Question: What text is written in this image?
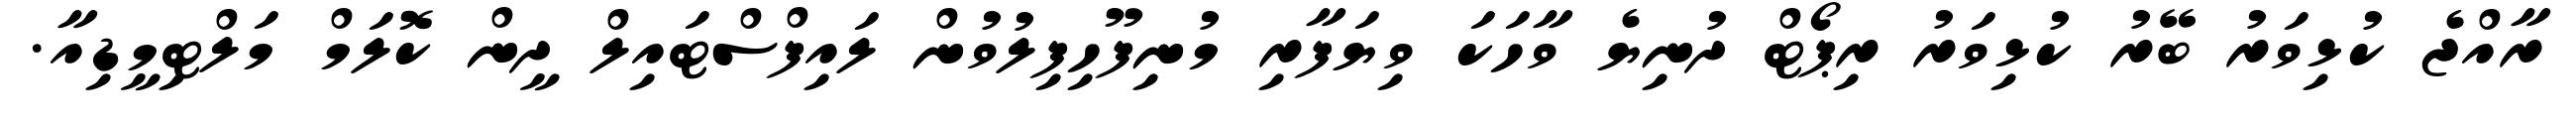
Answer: ރާއްޖެ ކުޅިވަރު ބޭރު ކުޅިވަރު ރިޕޯޓް ދުނިޔެ ވާހަކަ ވިޔަފާރި މުނިފޫހިފިލުވުން ލައިފްސްޓައިލް ދީން ކޮލަމް މަލްޓިމީޑިއާ.